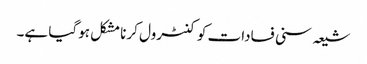
شیعہ سنی فسادات کو کنٹرول کرنا مشکل ہوگیا ہے۔